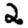
Digit: 2